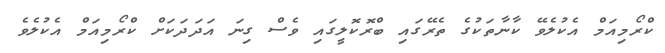
ކްރޯމިއަމް އެކުލެވޭ ކާނާތަކުގެ ތެރޭގައި ބްރޮކޮލީގައި ވެސް ގިނަ އަދަދަކަށް ކްރޯމިއަމް އެކުލެވެ